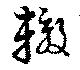
轍